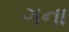
ગના